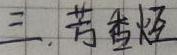
三. 芳香烃